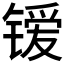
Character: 𰾭